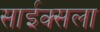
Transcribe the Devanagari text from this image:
साईक्सला